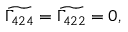
\widetilde { \Gamma _ { 4 2 4 } } = \widetilde { \Gamma _ { 4 2 2 } } = 0 ,